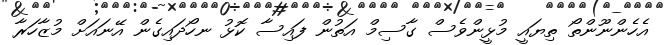
އެހެންނޫންތޯ ތިޔައީ މުޅީންވެސް ގާސިމް އަތުން ފައިސާ ކޮޅު ނހޯދައިގެން އޭނައަށް މުޒާހަރާ